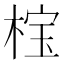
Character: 𬃏